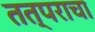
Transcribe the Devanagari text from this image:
तत्पराचा